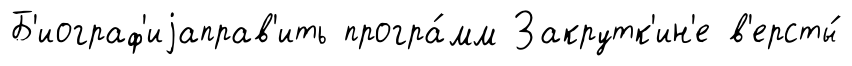
Б'иограф'иjаправ'ить програ́мм Закрутк'ин'е в'ерсты́